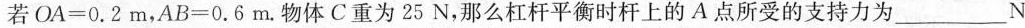
若$$O A = 0 . 2 m$$，$$A B = 0 . 6 m$$.物体C重为25N，那么杠杆平衡时杆上的A点所受的支持力为___N